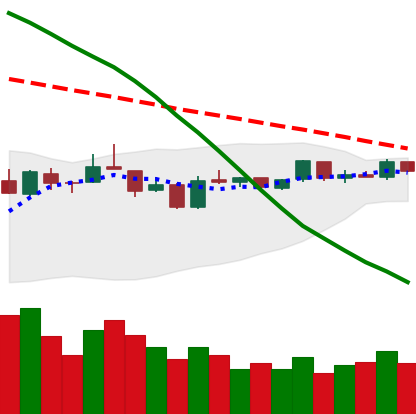
Ticker: EOS-USD
Chart end date: 2019-01-07
Forward return: -12.311%
Label: down_7plus